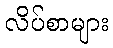
လိပ်စာများ